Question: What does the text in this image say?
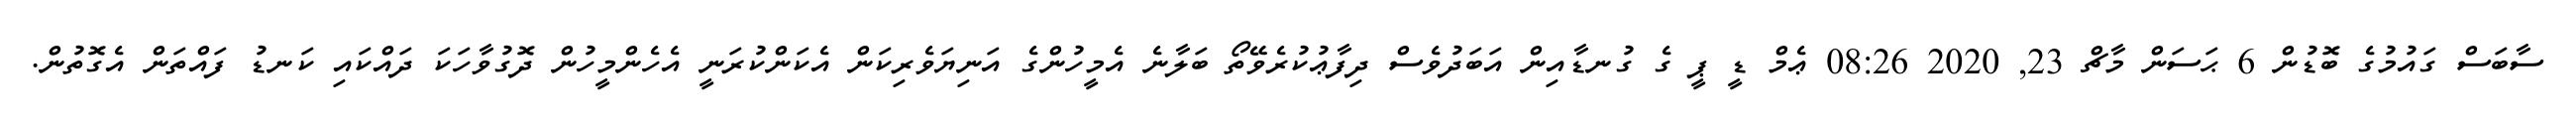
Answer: ސާބަސް ގައުމުގެ ބޮޑުން 6 ޙަސަން މާޗް 23, 2020 08:26 ޢެމް ޑީ ޕީ ގެ ގުނޑާއިން އަބަދުވެސް ދިފާޢުކުރެވޭތޯ ބަލާނެ އެމީހުންގެ އަނިޔަވެރިކަން އެކަންކުރަނީ އެހެންމީހުން ދޮގުވާހަކަ ދައްކައި ކަނޑު ފައްތަން އެގޮތުން.